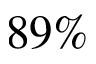
8 9 \%